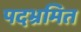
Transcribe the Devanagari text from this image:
पदभ्रमित